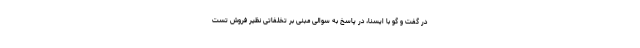
در گفت و گو با ایسنا، در پاسخ به سوالی مبنی بر تخلفاتی نظیر فروش تست